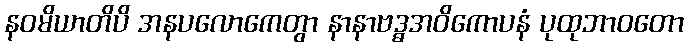
နဝမိယာတိပိ အနပလောကေတွာ နာနာဗဒ္ဓအဝိကောပနံ ပုထုဘာဝတော